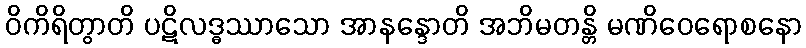
ဝိကိရိတွာတိ ပဋိလဒ္ဓဿာသော အာနန္ဒောတိ အဘိမတန္တိ မဏိဝေရောစနော